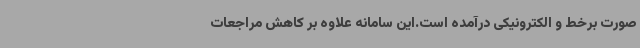
صورت برخط و الکترونیکی درآمده است.این سامانه علاوه بر کاهش مراجعات